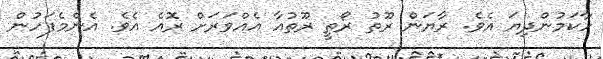
ހާކަމުންދިޔަ އެވެ. ރާޔަން ރޫތު ރޯތީ ރޫތުއާ އެއްވަރަށް ރޮއެ އެވެ. އެންމެފަހުން